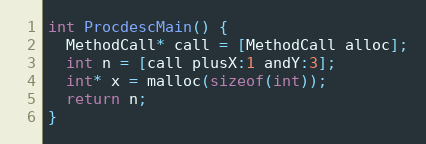
Language: C
int ProcdescMain() {
  MethodCall* call = [MethodCall alloc];
  int n = [call plusX:1 andY:3];
  int* x = malloc(sizeof(int));
  return n;
}